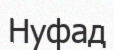
Нуфад